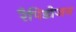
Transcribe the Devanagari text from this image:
रैपिडोजन